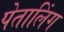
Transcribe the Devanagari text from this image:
पेतालिंग